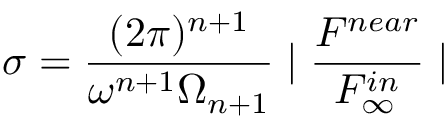
\sigma = \frac { ( 2 \pi ) ^ { n + 1 } } { \omega ^ { n + 1 } \Omega _ { n + 1 } } \mid \frac { { \cal F } ^ { n e a r } } { { \cal F } _ { \infty } ^ { i n } } \mid